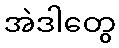
အဲဒါတွေ